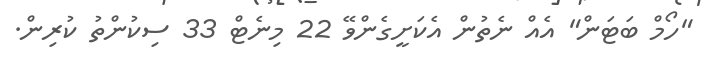
"ހޯމް ބަޓަން" އެއް ނެތުން އެކަށީގެންވޭ 22 މިނެޓް 33 ސިކުންތު ކުރިން.